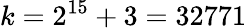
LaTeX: k=2^{15}+3=32771